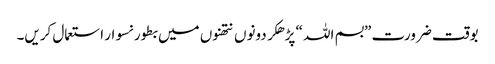
بوقت ضرورت ”بسم اللہ “ پڑھکر دونوں نتھنوں میں بطور نسوار استعمال کریں۔